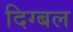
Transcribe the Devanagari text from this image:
दिग्बल